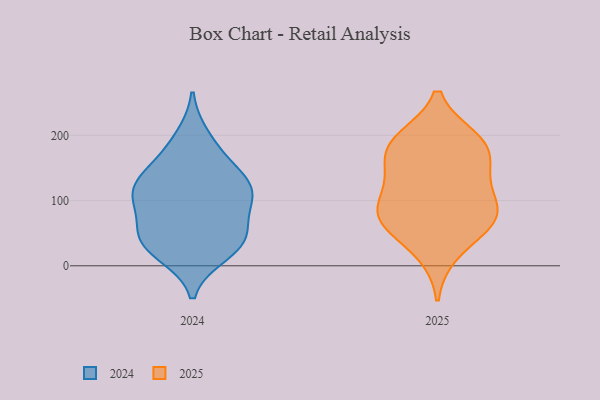
{"axis": {"x": "Active Users", "y": "Value"}, "legend": ["2024", "2025"], "data": [{"x": "", "y": 40, "type": "2024"}, {"x": "", "y": 18, "type": "2024"}, {"x": "", "y": 42, "type": "2024"}, {"x": "", "y": 171, "type": "2024"}, {"x": "", "y": 100, "type": "2024"}, {"x": "", "y": 106, "type": "2024"}, {"x": "", "y": 113, "type": "2024"}, {"x": "", "y": 24, "type": "2024"}, {"x": "", "y": 47, "type": "2024"}, {"x": "", "y": 139, "type": "2024"}, {"x": "", "y": 56, "type": "2024"}, {"x": "", "y": 140, "type": "2024"}, {"x": "", "y": 198, "type": "2024"}, {"x": "", "y": 100, "type": "2024"}, {"x": "", "y": 120, "type": "2024"}, {"x": "", "y": 70, "type": "2025"}, {"x": "", "y": 116, "type": "2025"}, {"x": "", "y": 186, "type": "2025"}, {"x": "", "y": 152, "type": "2025"}, {"x": "", "y": 194, "type": "2025"}, {"x": "", "y": 20, "type": "2025"}, {"x": "", "y": 63, "type": "2025"}, {"x": "", "y": 131, "type": "2025"}, {"x": "", "y": 82, "type": "2025"}, {"x": "", "y": 192, "type": "2025"}, {"x": "", "y": 173, "type": "2025"}, {"x": "", "y": 73, "type": "2025"}, {"x": "", "y": 82, "type": "2025"}]}